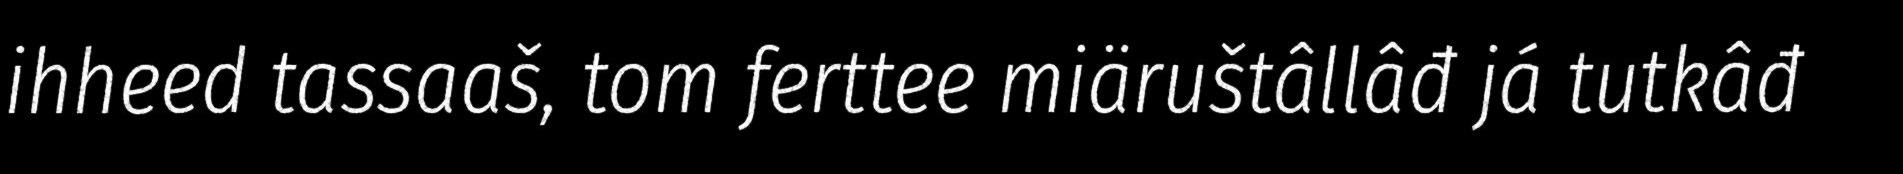
ihheed tassaaš, tom ferttee miäruštâllâđ já tutkâđ